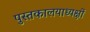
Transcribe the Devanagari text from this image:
पुस्तकालयाध्यक्षों